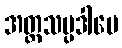
အတ္တသမ္ပဒါပေ